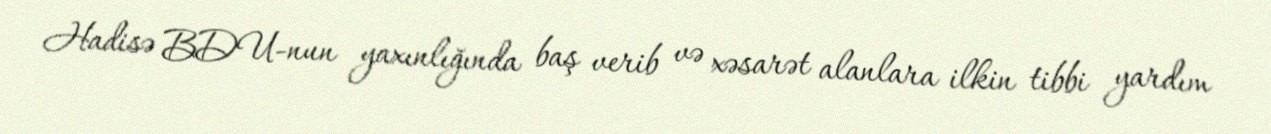
Hadisə BDU-nun yaxınlığında baş verib və xəsarət alanlara ilkin tibbi yardım